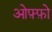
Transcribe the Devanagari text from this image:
ओफ़्फ़ो